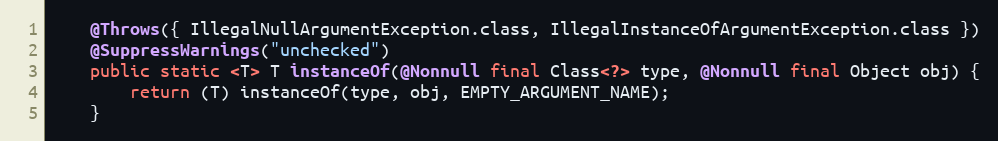
Language: Java
	@Throws({ IllegalNullArgumentException.class, IllegalInstanceOfArgumentException.class })
	@SuppressWarnings("unchecked")
	public static <T> T instanceOf(@Nonnull final Class<?> type, @Nonnull final Object obj) {
		return (T) instanceOf(type, obj, EMPTY_ARGUMENT_NAME);
	}